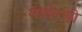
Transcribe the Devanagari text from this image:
साधेपणी